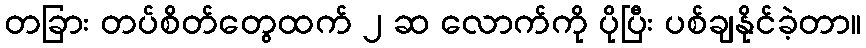
တခြား တပ်စိတ်တွေထက် ၂ ဆ လောက်ကို ပိုပြီး ပစ်ချနိုင်ခဲ့တာ။